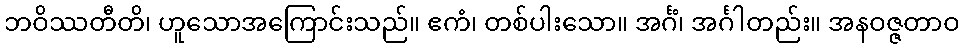
ဘဝိဿတီတိ၊ ဟူသောအကြောင်းသည်။ ဧကံ၊ တစ်ပါးသော။ အင်္ဂံ၊ အင်္ဂါတည်း။ အနဝဇ္ဇတာဝ